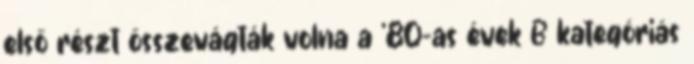
első részt összevágták volna a '80-as évek B kategóriás